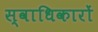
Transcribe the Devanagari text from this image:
स्वाधिकारों